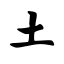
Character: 土